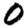
Digit: 0